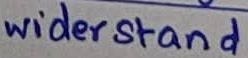
Text: widerstand